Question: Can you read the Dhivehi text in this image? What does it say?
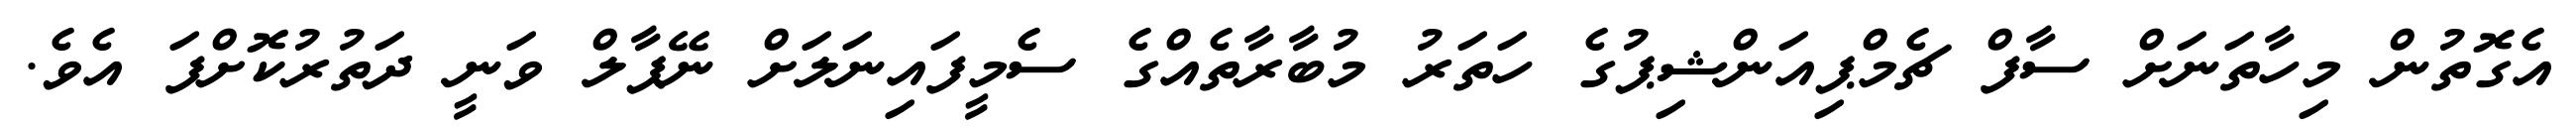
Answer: އެގޮތުން މިހާތަނަށް ސާފް ޗެމްޕިއަންޝިޕުގެ ހަތަރު މުބާރާތެއްގެ ސެމީފައިނަލަށް ނޭޕާލް ވަނީ ދަތުރުކޮށްފަ އެވެ.